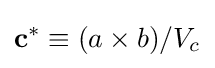
{\bf {c}}^{*}\equiv (a\times b)/V_{c}